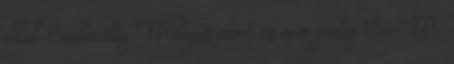
oldal Szeleczky Mátyás nevet és nem pedig Sz. M.